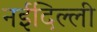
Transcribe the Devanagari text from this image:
नईदिल्ली